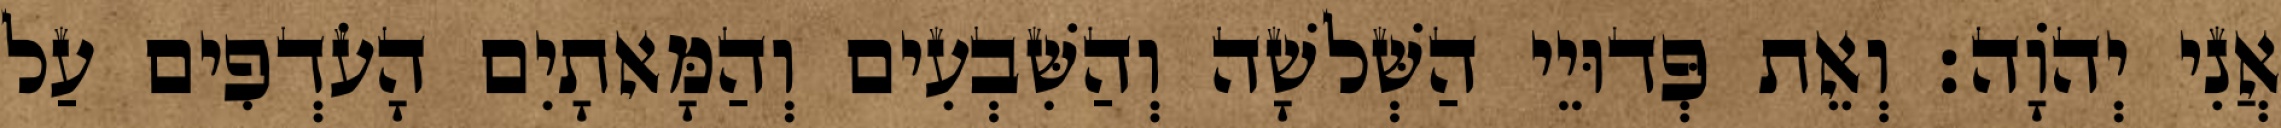
אֲנִי יְהוָֹה׃ וְאֵת פְּדוּיֵי הַשְּׁלשָׁה וְהַשִּׁבְעִים וְהַמָּאתָיִם הָעֹדְפִים עַל